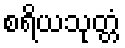
စရိယသုတ္တံ